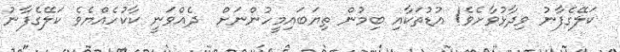
ކަލޭގެފާނު ވިދާޅުވާށެވެ! އުޑުތަކާއި ބިމުން ތިޔަބައިމީހުންނަށް  ދެއްވަނީ ކާކުހެއްޔެވެ ކަލޭގެފާނު